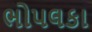
ભોપલકા